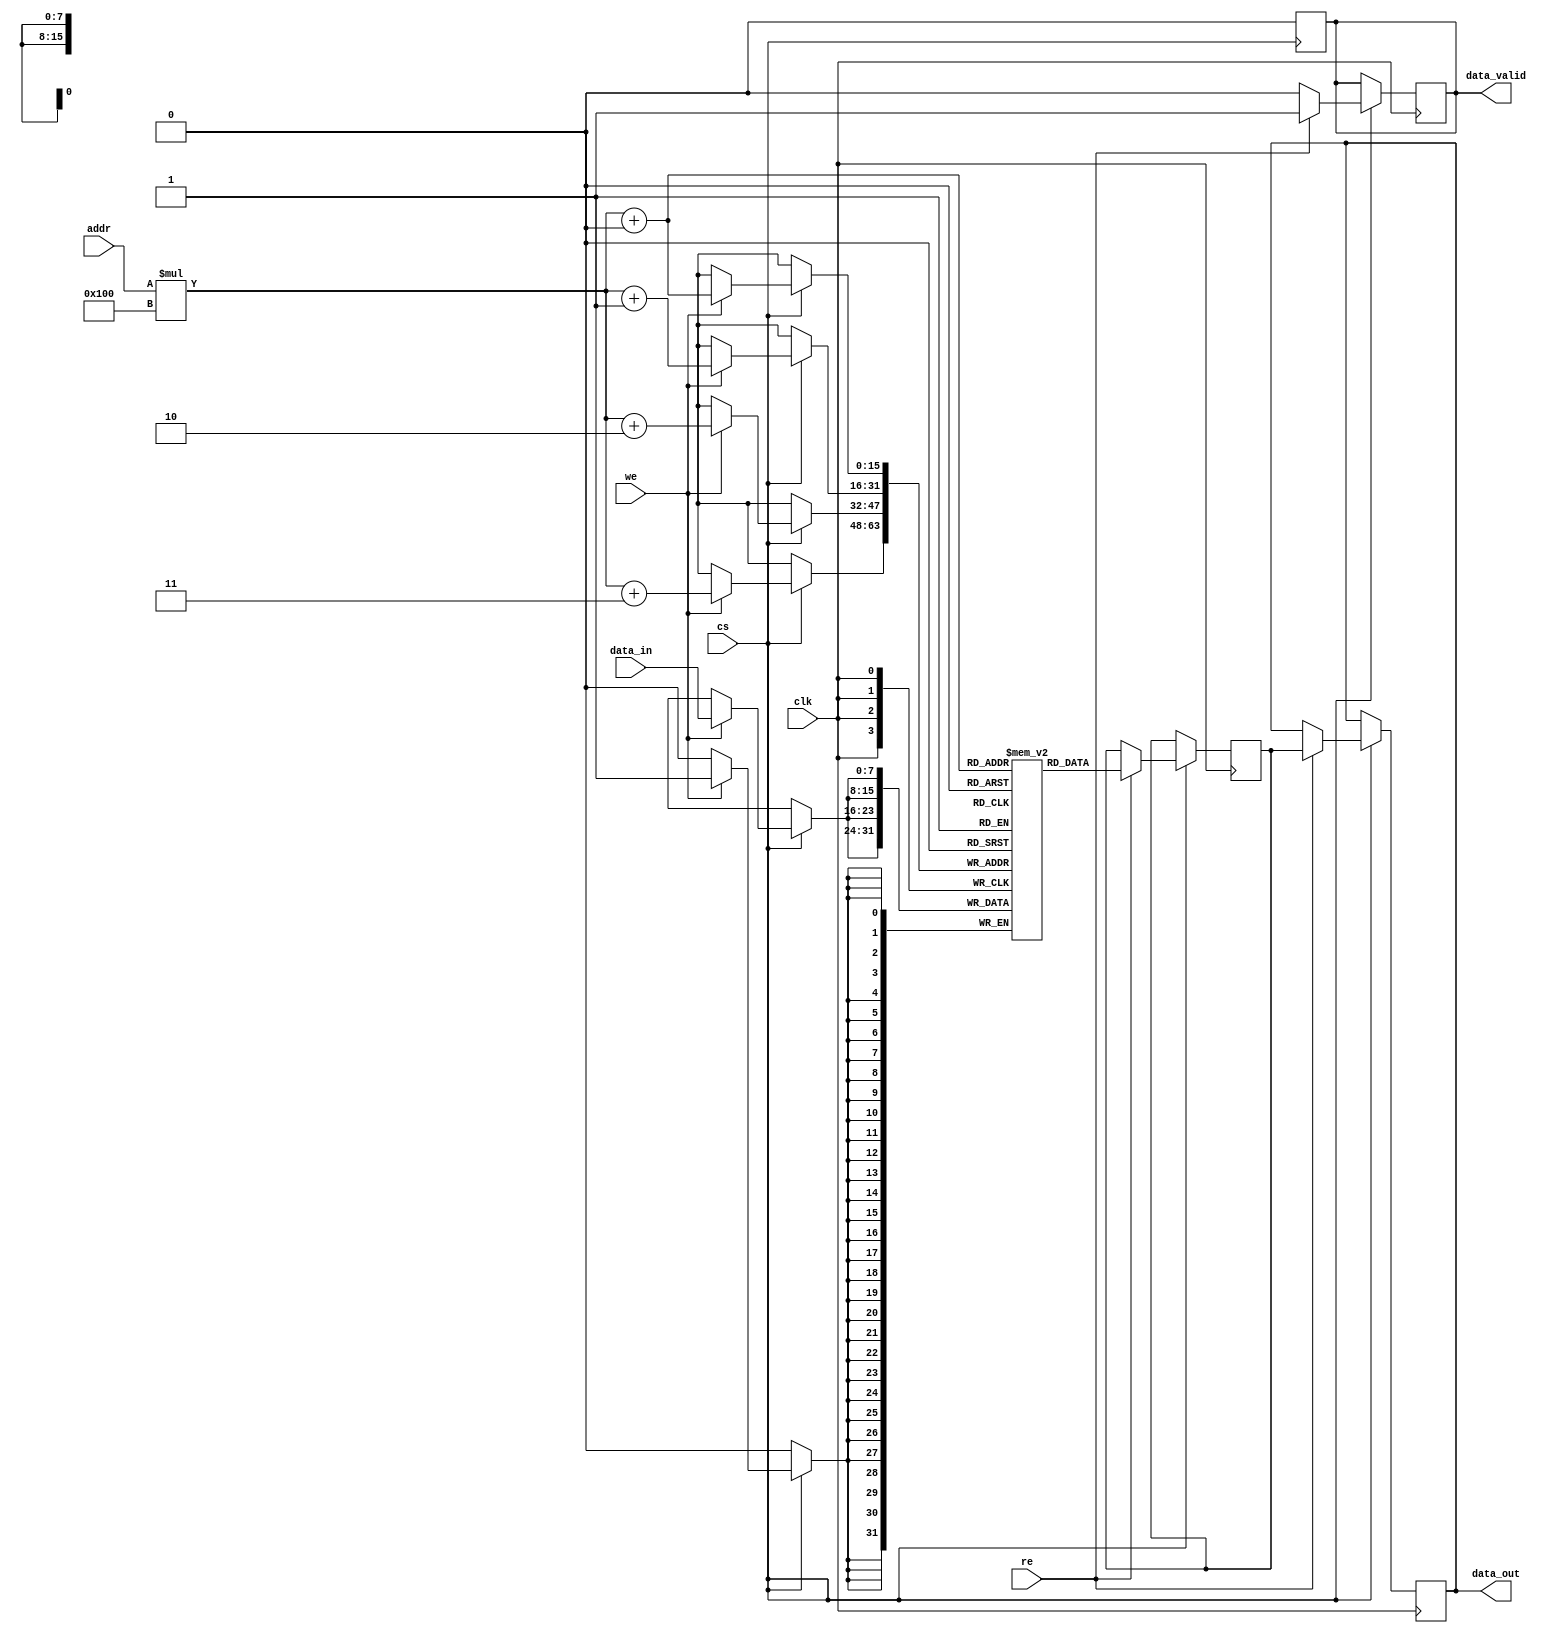
module BurstSRAM #(
    parameter ADDR_WIDTH = 8,  // Address width for 256 x 256 bits
    parameter DATA_WIDTH = 8,   // Data width (8, 16, or 32 bits)
    parameter BURST_LENGTH = 4   // Supported burst lengths (1, 2, 4, 8)
)(
    input wire clk,                // Clock signal
    input wire cs,                 // Chip Select
    input wire we,                 // Write Enable
    input wire re,                 // Read Enable
    input wire [ADDR_WIDTH-1:0] addr, // Address input
    input wire [DATA_WIDTH-1:0] data_in, // Data input
    output reg [DATA_WIDTH-1:0] data_out, // Data output
    output reg data_valid          // Data valid signal
);

    // Memory array declaration (256 x 256 bits)
    reg [DATA_WIDTH-1:0] mem [0:255][0:255];

    // Internal variables for burst operation
    integer i;
    reg [DATA_WIDTH-1:0] burst_data [0:BURST_LENGTH-1];

    // Asynchronous read/write
    always @(posedge clk) begin
        if (cs) begin
            // Write operation
            if (we) begin
                for (i = 0; i < BURST_LENGTH; i = i + 1) begin
                    mem[addr][i] <= data_in;
                end
            end

            // Read operation
            if (re) begin
                for (i = 0; i < BURST_LENGTH; i = i + 1) begin
                    burst_data[i] <= mem[addr][i];
                end
                data_out <= burst_data[0]; // Output first data for simplicity
                data_valid <= 1; // Indicate data is valid
            end else begin
                data_valid <= 0; // No valid data when not reading
            end
        end
    end

    // Reset data valid on chip deselect
    always @(negedge cs) begin
        data_valid <= 0;
    end

endmodule